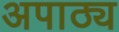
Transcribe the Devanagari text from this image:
अपाठ्य